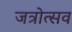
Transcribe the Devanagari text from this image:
जत्रोत्सव